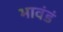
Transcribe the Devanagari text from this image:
भावंडं